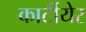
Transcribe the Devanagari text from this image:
कार्टीयेर